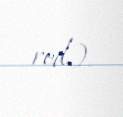
red.).